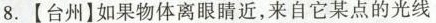
8.【台州】如果物体离眼睛近，来自它某点的光线